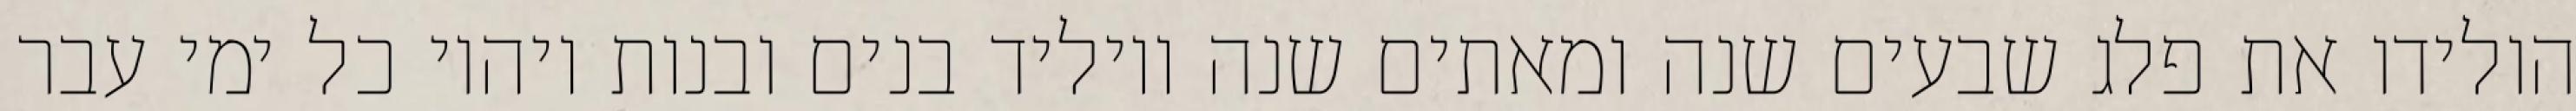
הולידו את פלג שבעים שנה ומאתים שנה ויוליד בנים ובנות ויהיו כל ימי עבר